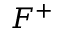
F ^ { + }